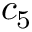
c _ { 5 }